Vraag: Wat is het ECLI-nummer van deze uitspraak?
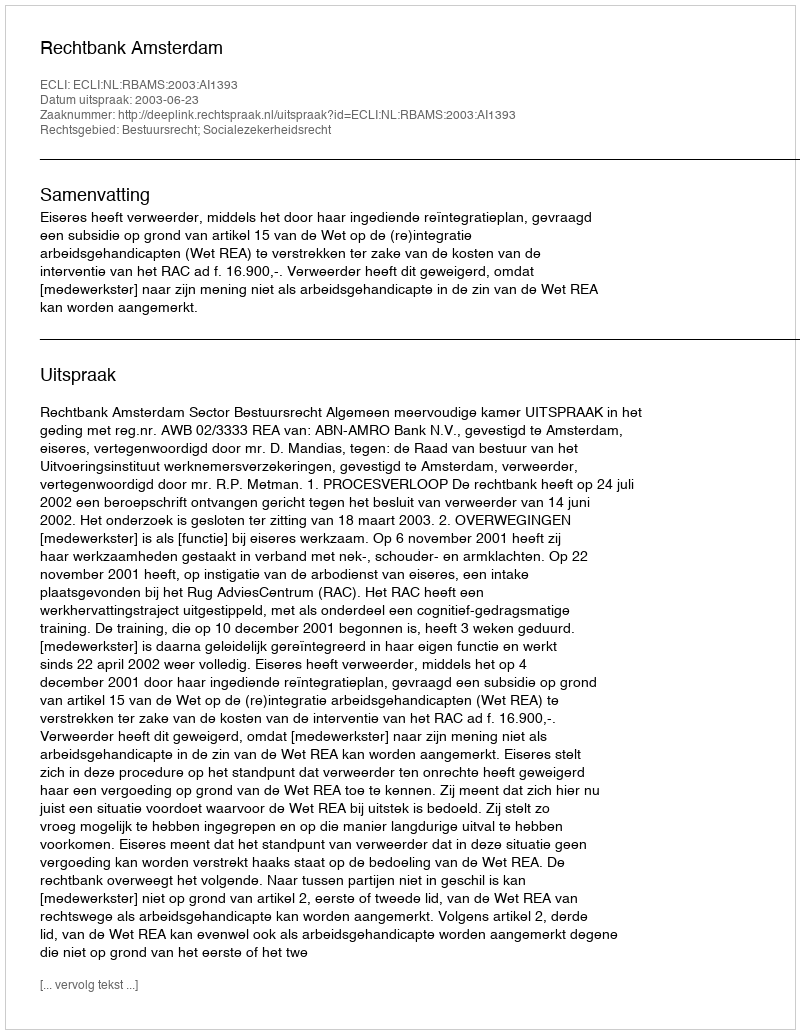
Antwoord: ECLI:NL:RBAMS:2003:AI1393